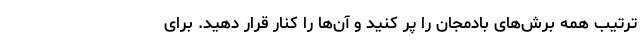
ترتیب همه برش‌های بادمجان را پر کنید و آن‌ها را کنار قرار دهید. برای